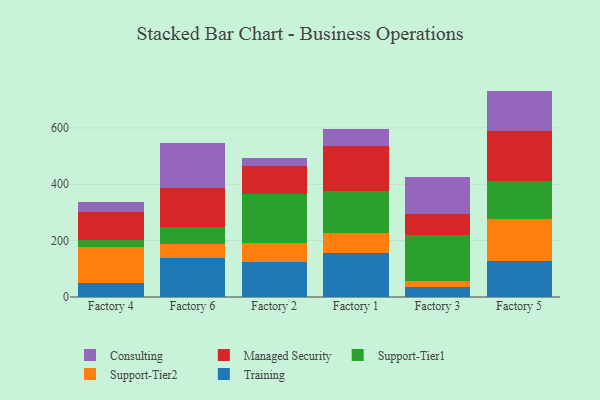
{"axis": {"x": "Factory", "y": "Tickets Resolved"}, "legend": ["Consulting", "Managed Security", "Support-Tier1", "Support-Tier2", "Training"], "data": [{"x": "Factory 4", "y": 51.0, "type": "Training"}, {"x": "Factory 4", "y": 126.9, "type": "Support-Tier2"}, {"x": "Factory 4", "y": 25.0, "type": "Support-Tier1"}, {"x": "Factory 4", "y": 99.1, "type": "Managed Security"}, {"x": "Factory 4", "y": 34.0, "type": "Consulting"}, {"x": "Factory 6", "y": 136.7, "type": "Training"}, {"x": "Factory 6", "y": 49.6, "type": "Support-Tier2"}, {"x": "Factory 6", "y": 61.8, "type": "Support-Tier1"}, {"x": "Factory 6", "y": 139.2, "type": "Managed Security"}, {"x": "Factory 6", "y": 157.5, "type": "Consulting"}, {"x": "Factory 2", "y": 125.4, "type": "Training"}, {"x": "Factory 2", "y": 67.3, "type": "Support-Tier2"}, {"x": "Factory 2", "y": 172.0, "type": "Support-Tier1"}, {"x": "Factory 2", "y": 98.6, "type": "Managed Security"}, {"x": "Factory 2", "y": 28.2, "type": "Consulting"}, {"x": "Factory 1", "y": 157.3, "type": "Training"}, {"x": "Factory 1", "y": 68.0, "type": "Support-Tier2"}, {"x": "Factory 1", "y": 152.1, "type": "Support-Tier1"}, {"x": "Factory 1", "y": 157.3, "type": "Managed Security"}, {"x": "Factory 1", "y": 61.7, "type": "Consulting"}, {"x": "Factory 3", "y": 36.7, "type": "Training"}, {"x": "Factory 3", "y": 19.8, "type": "Support-Tier2"}, {"x": "Factory 3", "y": 164.9, "type": "Support-Tier1"}, {"x": "Factory 3", "y": 73.8, "type": "Managed Security"}, {"x": "Factory 3", "y": 130.7, "type": "Consulting"}, {"x": "Factory 5", "y": 127.3, "type": "Training"}, {"x": "Factory 5", "y": 150.7, "type": "Support-Tier2"}, {"x": "Factory 5", "y": 134.4, "type": "Support-Tier1"}, {"x": "Factory 5", "y": 175.3, "type": "Managed Security"}, {"x": "Factory 5", "y": 143.6, "type": "Consulting"}]}